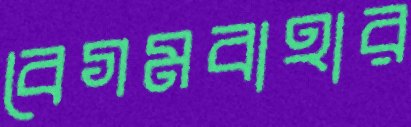
বেগমবাহার